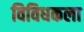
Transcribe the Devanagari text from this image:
विविधकला